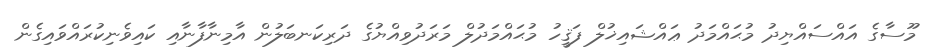
މޫސާގެ އައްސައްޔިދު މުޙައްމަދު ޢައްޝައިޚުލް ފަޤީހު މުޙައްމަދުލް މަރަދުވިއްޔުގެ ދަރިކަނބަލުން އާމިނާފާނާއި ކައިވެނިކުރައްވައިގެން